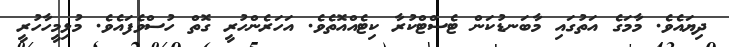
ދިޔައެވެ. މާމަގެ އަތުގައި މާބަނޑުކަން ޓެސްޓްކުރާ ކިޓެއްއޮތެވެ. އަހަރެންހުރީ ގޮތް ހުސްވެފައެވެ. މުޅިމީހާހުރީ